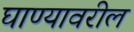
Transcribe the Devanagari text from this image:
घाण्यावरील